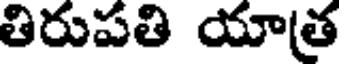
తిరుపతి యాత్ర